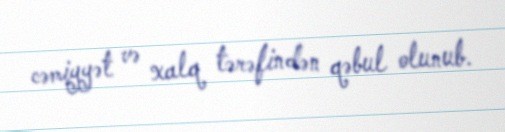
cəmiyyət və xalq tərəfindən qəbul olunub.